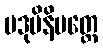
ပဒုမိနိပတ္တေ